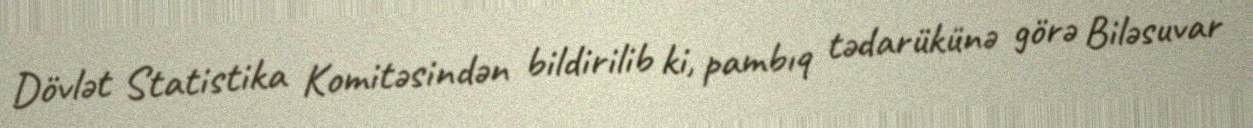
Dövlət Statistika Komitəsindən bildirilib ki, pambıq tədarükünə görə Biləsuvar